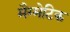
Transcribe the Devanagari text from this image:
मैग्मेटिक